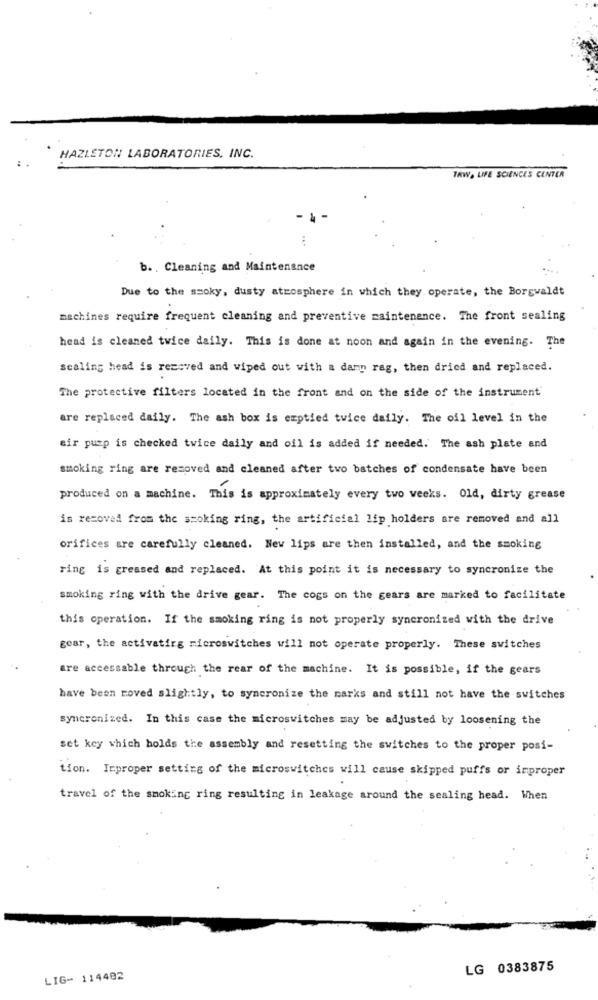
:
HAZLETON LABORATORIES, INC.
TAW, LIFE SCIENCES CENTER
- 1 -
b. , Cleaning and Maintenance
Due to the ssoky, dusty atmosphere in which they operate, the Borgwaldt
machines require frequent cleaning and preventive maintenance. The front sealing
head is cleaned twice daily. This is done at noon and again in the evening. The
scaling head is removed and wiped out with a damn rag, then dried and replaced.
The protective filters located in the front and on the side of the instrument'
are replaced daily. The ash box is emptied twice daily. The oil level in the
air pump is checked twice daily and oil is added if needed. The ash plate and
smoking ring are removed and cleaned after two batches of condensate have been
produced on a machine. This is approximately every two weeks. Old, dirty grease
is removed from the smoking ring, the artificial lip holders are removed and all
orifices are carefully cleaned. New lips are then installed, and the smoking
ring is greased and replaced. At this point it is necessary to syncronize the
smoking ring with the drive gear. The cogs on the gears are marked to facilitate
this operation. If the smoking ring is not properly syncronized with the drive
gear, the activatirg microswitches will not operate properly. These switches
are accessable through the rear of the machine. It is possible, if the gears
have been moved slightly, to syncronize the marks and still not have the switches
syncronized. In this case the microswitches may be adjusted by loosening the
set key which holds the assembly and resetting the switches to the proper posi-
tion. Inproper setting of the microswitches will cause skipped puffs or improper
travel of the smoking ring resulting in leakage around the sealing head. When
LG 0383875
LIG- 114482